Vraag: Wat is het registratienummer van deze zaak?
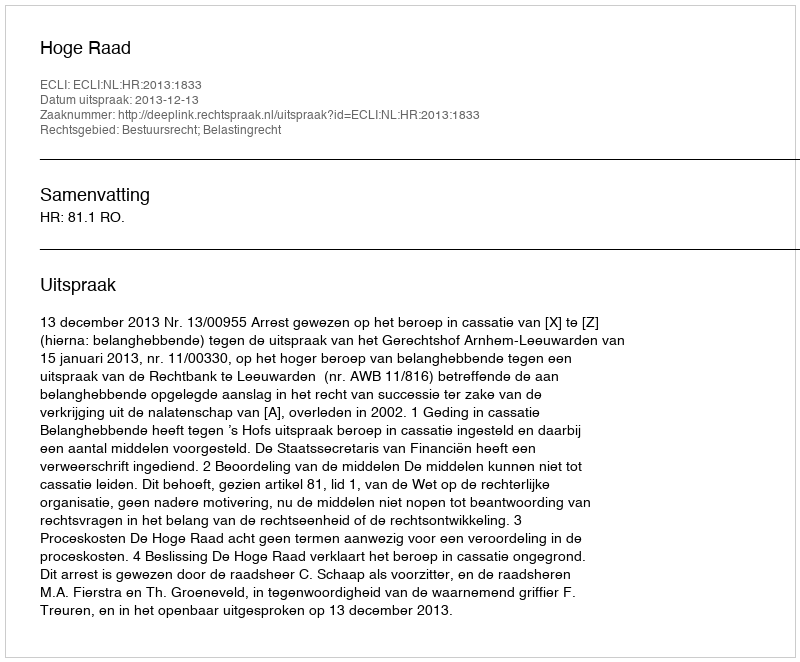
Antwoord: http://deeplink.rechtspraak.nl/uitspraak?id=ECLI:NL:HR:2013:1833